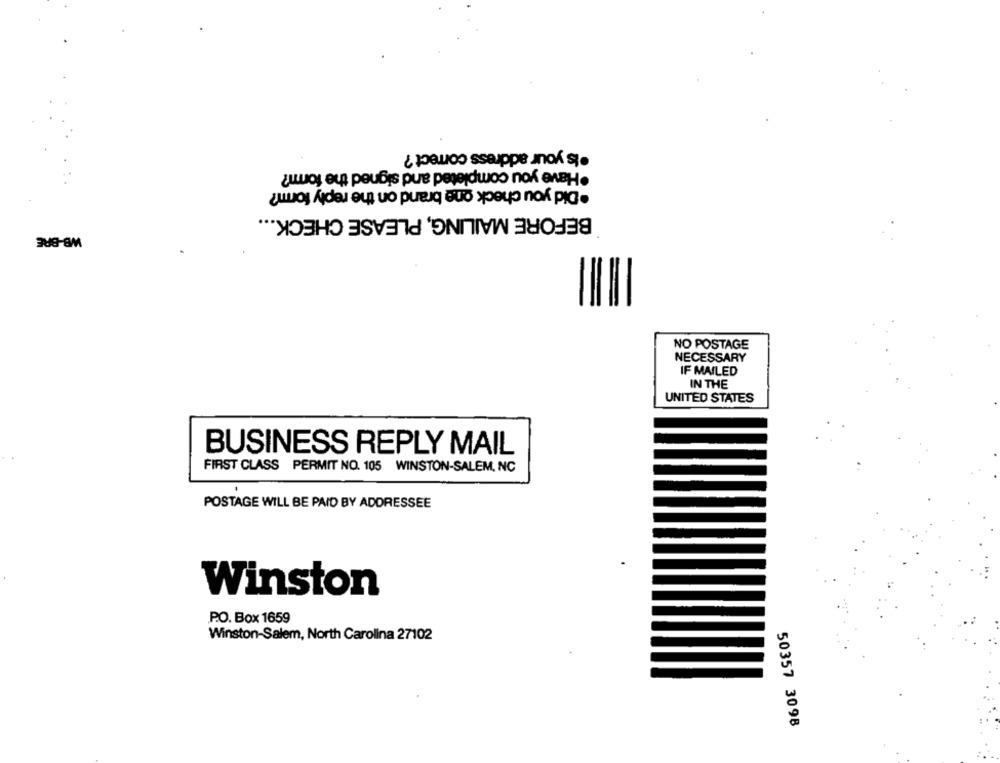
·Is your address correct ?
.Did you check one brand on the reply form?
BEFORE MAILING, PLEASE CHECK ...
WB-BRE
NO POSTAGE
NECESSARY
IF MAILED
IN THE
UNITED STATES
BUSINESS REPLY MAIL
FIRST CLASS PERMIT NO. 105 WINSTON-SALEM, NC
POSTAGE WILL BE PAID BY ADDRESSEE
Winston
P.O. Box 1659
Winston-Salem, North Carolina 27102
50357 3098